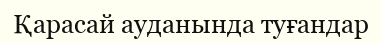
Қарасай ауданында туғандар